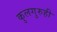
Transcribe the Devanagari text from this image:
कुलगुरुही